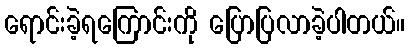
ရောင်းခဲ့ရကြောင်းကို ပြောပြလာခဲ့ပါတယ်။